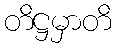
တိဋ္ဌမှာတိ